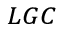
_ { L G C }